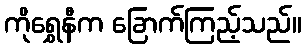
ကိုရွှေနီက ခြောက်ကြည့်သည်။